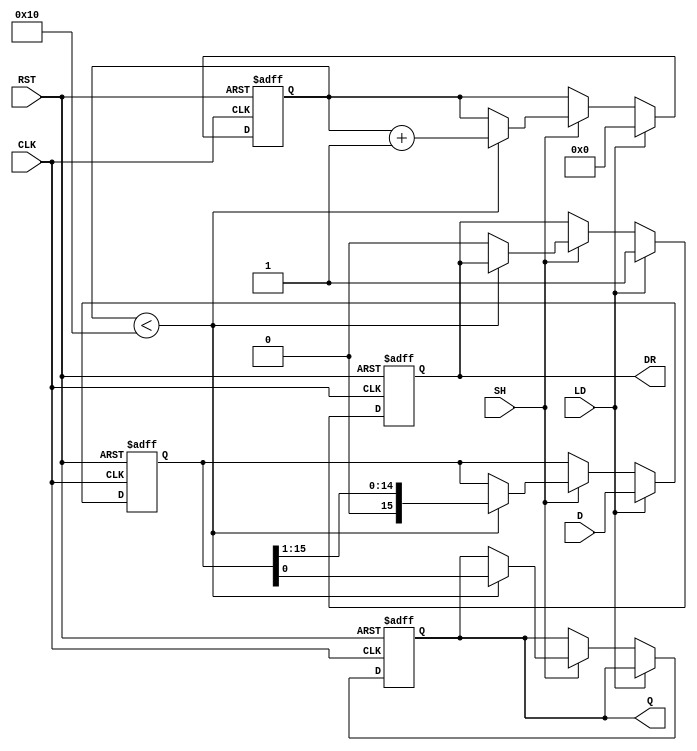
module PISO_Register (
    input wire [15:0] D,      // Parallel Data Input
    input wire LD,            // Load Control Signal
    input wire SH,            // Shift Control Signal
    input wire CLK,           // Clock Signal
    input wire RST,           // Asynchronous Reset
    output reg Q,             // Serial Output
    output reg DR             // Data Ready Signal
);

    reg [15:0] shift_reg;     // Shift Register
    reg [4:0] shift_count;    // Shift Counter to keep track of number of shifts
    
    always @(posedge CLK or posedge RST) begin
        if (RST) begin
            // Asynchronous Reset
            shift_reg <= 16'b0;
            Q <= 1'b0;
            DR <= 1'b0;
            shift_count <= 5'b0;
        end else begin
            if (LD) begin
                // Load data into shift register
                shift_reg <= D;
                DR <= 1'b1;          // Indicate data is ready
                shift_count <= 5'b0; // Reset shift count to 0
            end else if (SH) begin
                // Shift operation
                if (shift_count < 16) begin
                    Q <= shift_reg[0]; // Output the LSB
                    shift_reg <= shift_reg >> 1; // Shift right
                    shift_count <= shift_count + 1; // Increment shift counter
                end else begin
                    DR <= 1'b0; // Data is no longer ready after all shifts
                end
            end
        end
    end

endmodule